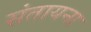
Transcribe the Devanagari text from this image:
संतायना